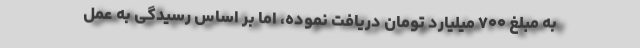
به مبلغ ۷۰۰ میلیارد تومان دریافت نموده، اما بر اساس رسیدگی به عمل